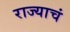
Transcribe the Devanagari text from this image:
राज्याचं